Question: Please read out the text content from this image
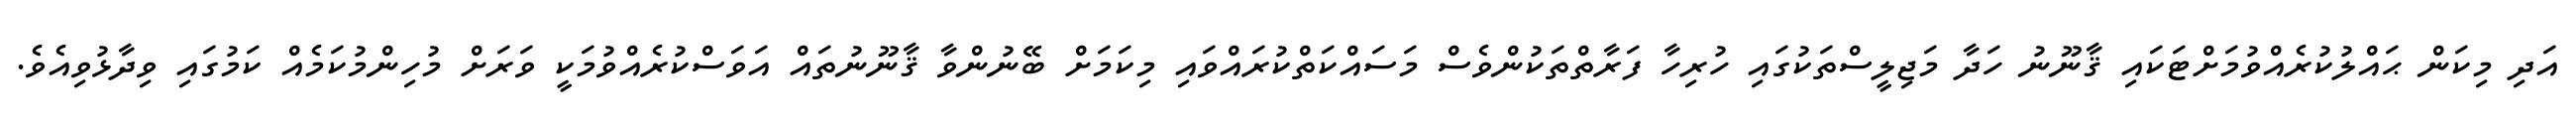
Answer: އަދި މިކަން ޙައްލުކުރެއްވުމަށްޓަކައި ޤާނޫނު ހަދާ މަޖިލީސްތަކުގައި ހުރިހާ ފަރާތްތަކުންވެސް މަސައްކަތްކުރައްވައި މިކަމަށް ބޭނުންވާ ޤާނޫނުތައް އަވަސްކުރެއްވުމަކީ ވަރަށް މުހިންމުކަމެއް ކަމުގައި ވިދާޅުވިއެވެ.